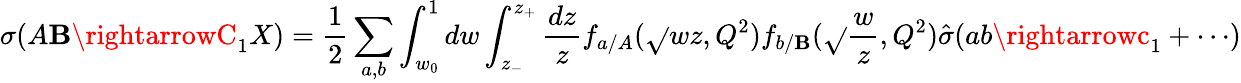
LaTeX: \sigma(A\mathbf{B}\rightarrowC_{1}X)=\frac{{1}}{{2}}\sum_{a,b}\int_{w_{0}}^{1}dw\int_{z_{-}}^{z_{+}}\frac{{dz}}{{z}}f_{a/A}(\sqrt{}{{wz}},Q^{2})f_{b/\mathbf{B}}(\sqrt{}{{\frac{{w}}{{z}}}},Q^{2})\hat{{\sigma}}(ab\rightarrowc_{1}+\cdots)